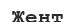
Жент